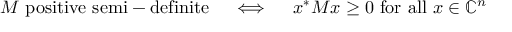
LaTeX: M { \mathrm { ~ p o s i t i v e ~ s e m i - d e f i n i t e } } \quad \iff \quad x ^ { * } M x \geq 0 { \mathrm { ~ f o r ~ a l l ~ } } x \in \mathbb { C } ^ { n }